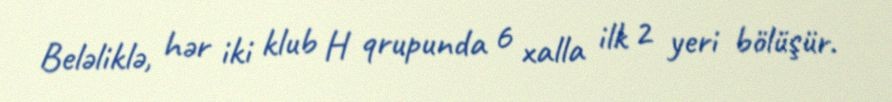
Beləliklə, hər iki klub H qrupunda 6 xalla ilk 2 yeri bölüşür.